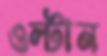
ওল্‌টান